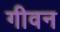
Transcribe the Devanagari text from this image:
गीवन